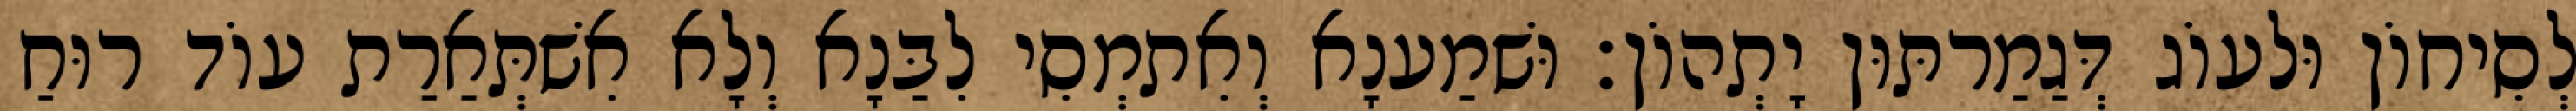
לְסִיחוֹן וּלעוֹג דְּגַמַרתּוּן יָתְהוֹן׃ וּשׁמַענָא וְאִתמְסִי לִבַּנָא וְלָא אִשׁתְּאַרַת עוֹד רוּחַ